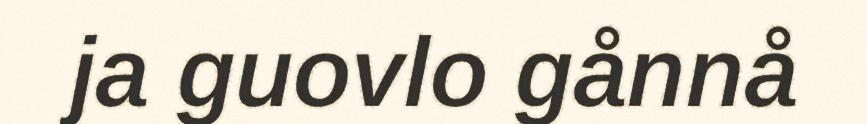
ja guovlo gånnå